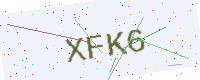
Text: XFK6